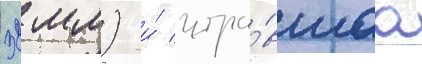
32 мм) и́ игра́вшаа